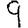
Digit: 9